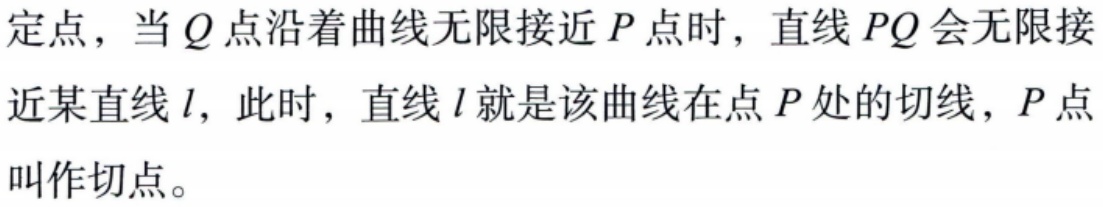
定点，当\(Q\)点沿着曲线无限接近\(P\)点时，直线\(PQ\)会无限接近某直线\(l\)，此时，直线\(l\)就是该曲线在点\(P\)处的切线，\(P\)点叫作切点。